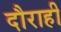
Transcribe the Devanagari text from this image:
दौराही